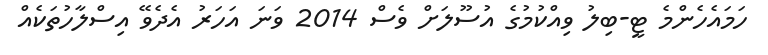
ހަމައެހެންމެ ޓީ-ބިލު ވިއްކުމުގެ އުސޫލަށް ވެސް 2014 ވަނަ އަހަރު އެދެވޭ އިސްލާހުތަކެއް